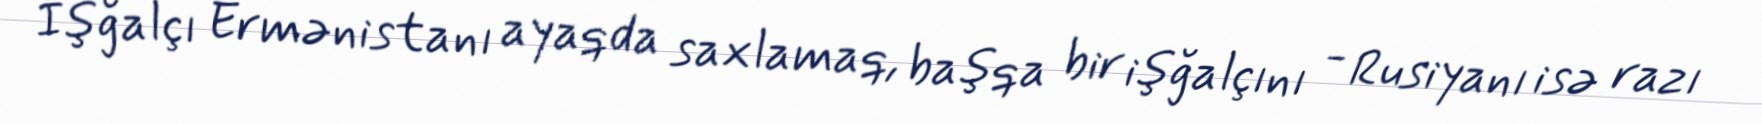
İşğalçı Ermənistanı ayaqda saxlamaq, başqa bir işğalçını - Rusiyanı isə razı